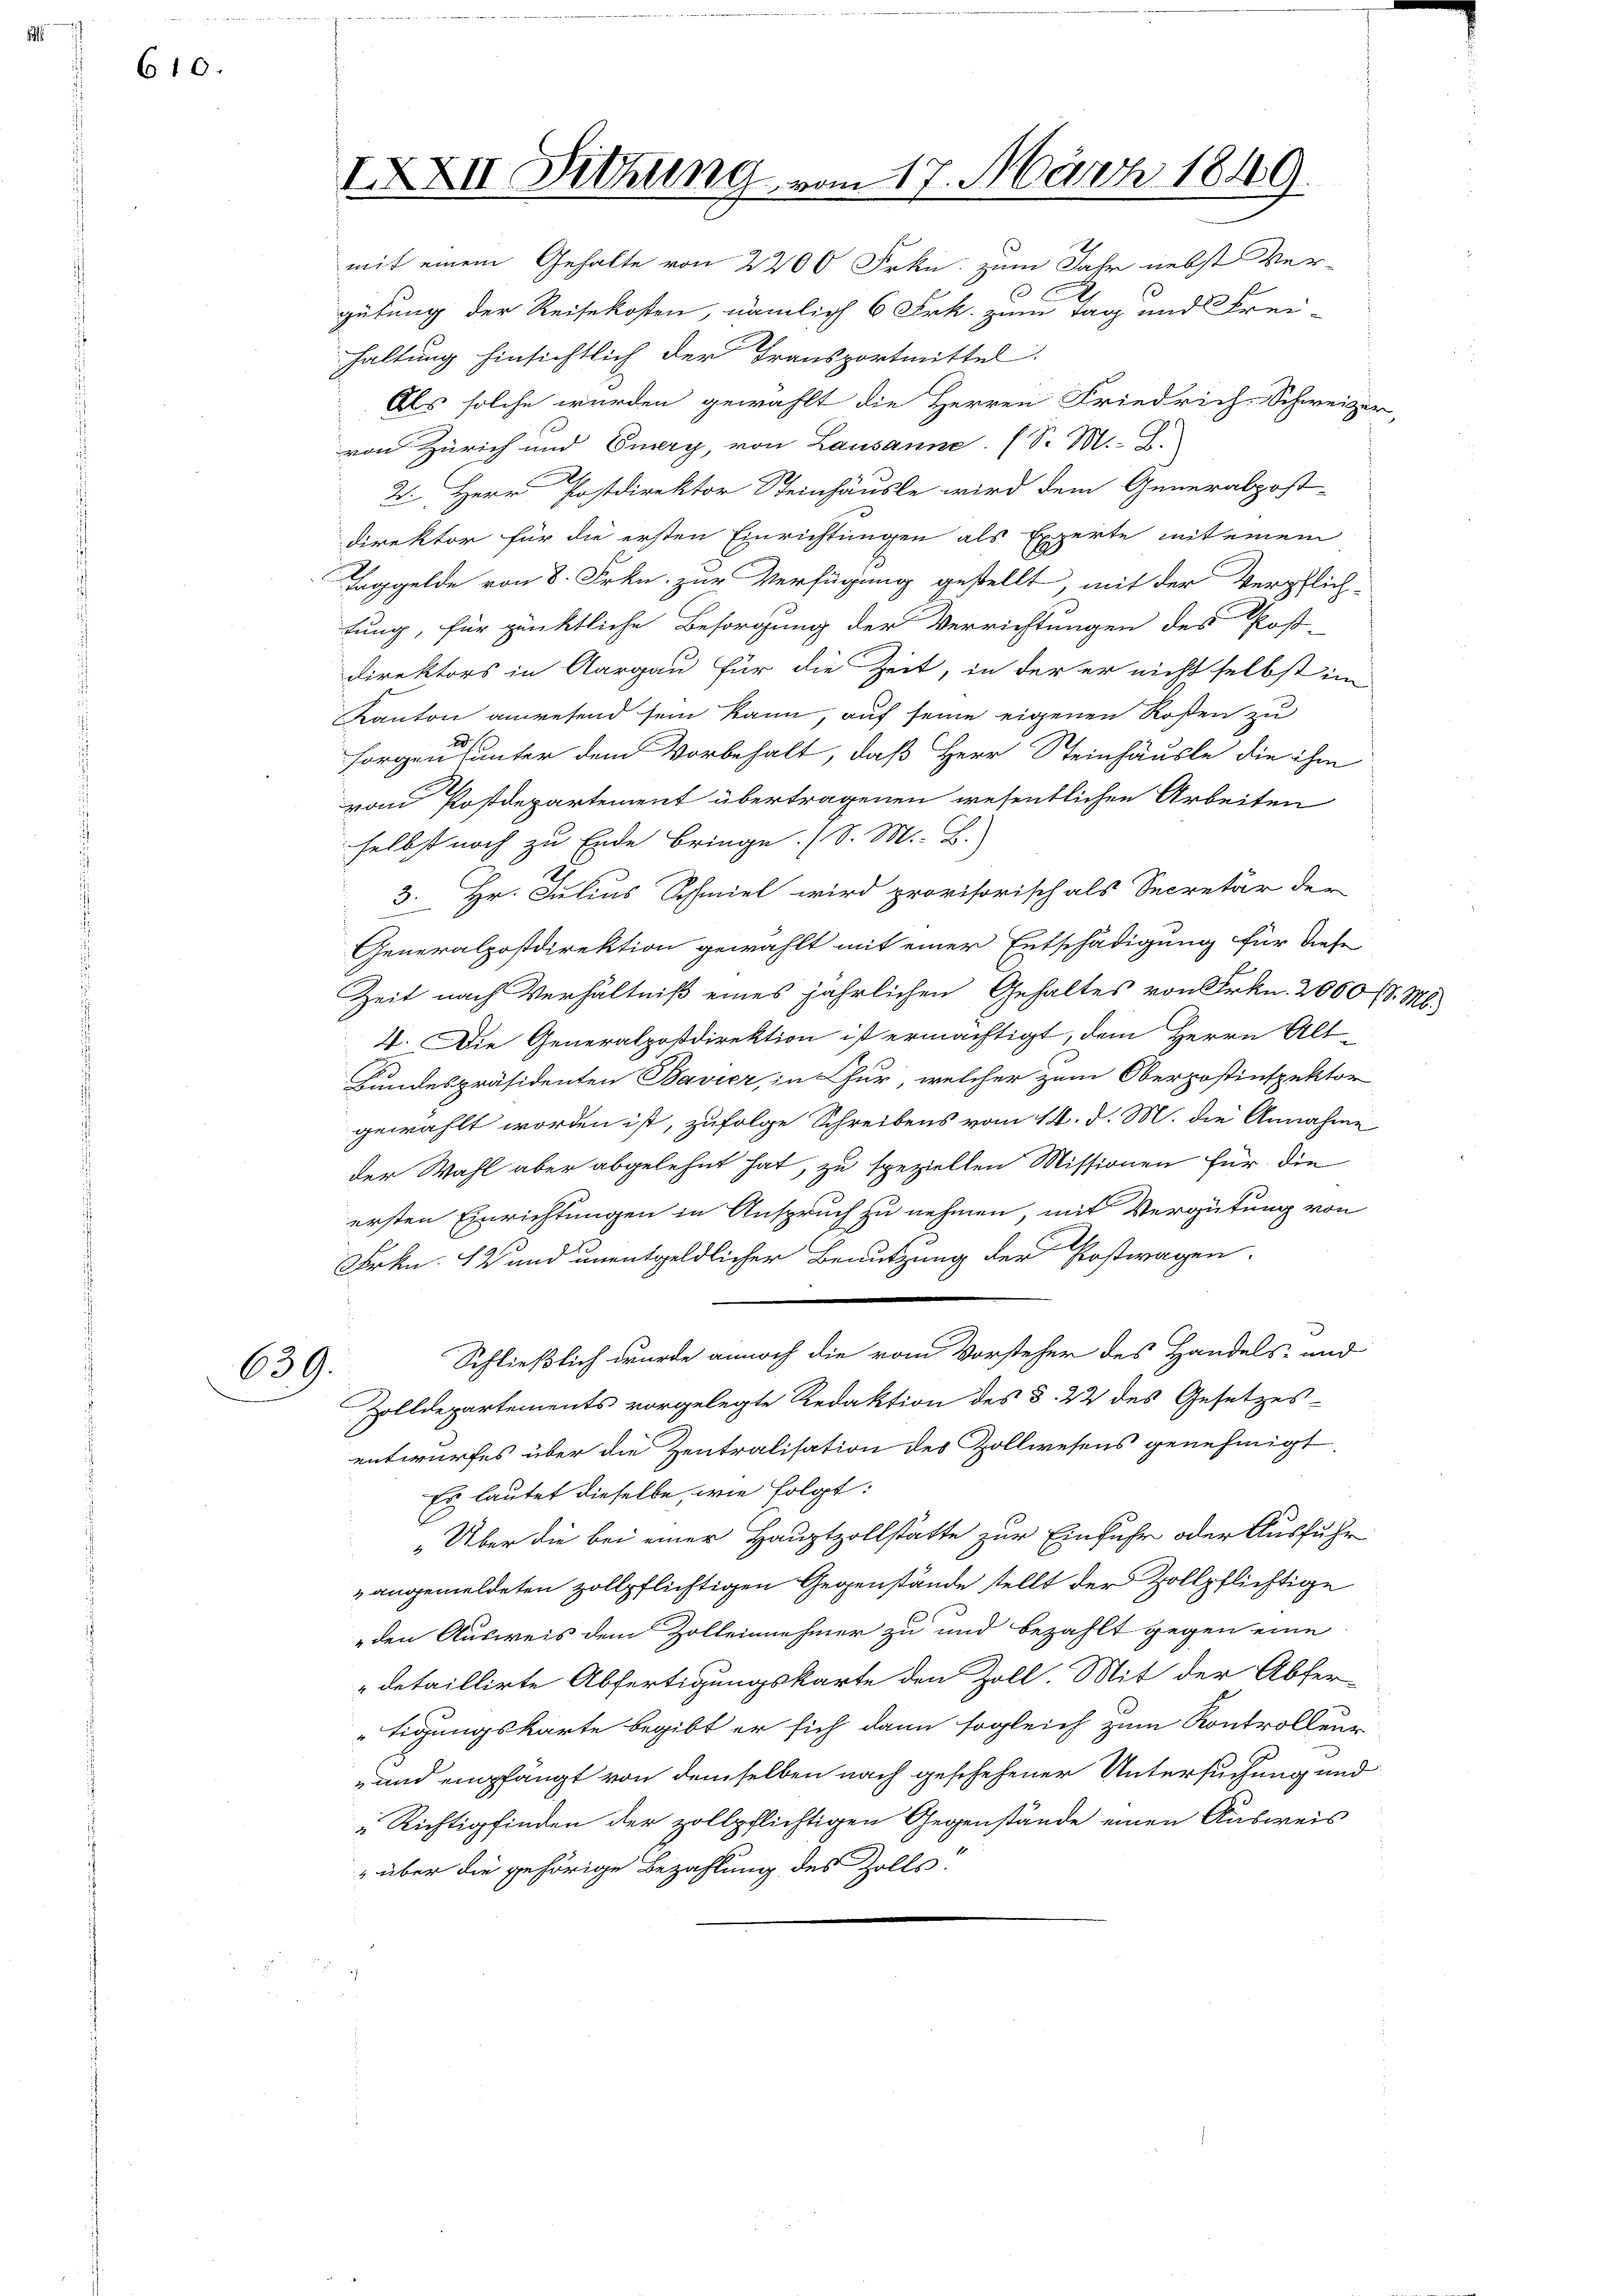
610.

639.

IXXIV Sitzung vom 17. März 1849.
mit einem Gehalte von 2200 Frkn. zum Jahr nebst Ver-

gütung der Reisekosten, nämlich 6 Frk. zum Tag und Frei-
haltung hinsichtlich der Transportmittel
Als solche wurden gewählt die Herren Friedrich-Schweizer,
von Zürich und Euery, von Lausanne. (S. M. B.
2. Herr Postdirektor Steinhäusle wird dem Generalpost-
direktor für die ersten Einrichtungen als Experte mit einem
Taggelde von 8. Frkn. zur Verfügung gestellt, mit der Verpflich-
tung, für pünktliche Besorgung der Verrichtungen des Post-
direktors in Aargau für die Zeit, in der er nicht selbst im
Kanton anwesend sein kann, auf seine eigenen Rosen zu
sorgen unter dem Vorbehalt, daß Herr Steinhäusle die ihm
vom Postdepartement übertragenen wesentlichen Arbeiten
selbst noch zu Ende bringe. (S. M. B.
S
3. Hr. Julius Schmiel wird provisorisch als Secretär der
Generalpostdirektion gewählt mit einer Entschädigung für diese
Zeit nach Verhältniß eines jährlichen Gehaltes von Frkn. 2000 fl. M.
4. Die Generalpostdirektion ist ermächtigt, dem Herrn Alt-
Bundespräsidenten Bavier, in Chur, welcher zum Oberpostinspektor
gewählt worden ist, zufolge Schreibens vom 14. d. M. die Annahme
der Wahl aber abgelehnt hat, zu speziellen Missionen für die
ersten Einrichtungen in Anspruch zu nehmen, mit Vergütung von
Frkn. 12 und unentgeldlicher Benutzung der Postwagen.
.
Schließlich wurde annoch die vom Vorsteher des Handels- und
Zolldepartements vorgelegte Redaktion des §. 22 des Gesetzes-
entwurfes über die Zentralisation des Zollwesens genehmigt.
Es lautet dieselbe, wie folgt:
„Über die bei einer Hauptzollstätte zur Einfuhr oder Ausführ
„angemeldeten zollpflichtigen Gegenstände stellt der Zollpflichtige
den Ausweis dem Zolleinehmer zu und bezahlt gegen eine
detaillirte Abfertigungskarte den Zoll. Mit der Abfer-
tigungskarte begibt er sich dann sogleich zum Kontrollen-
-und empfängt von demselben nach geschehener Untersuchung und
Richtigfinden der zollpflichtigen Gegenstände einen Ausweis
 über die gehörige Bezahlung des Zolls-